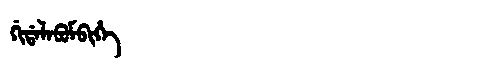
Manchu: ᡤᡳᡩᠠᠯᠠᠪᡠᠮᠪᡳᡥᡝ
Romanization: GIDALABUMBIHE